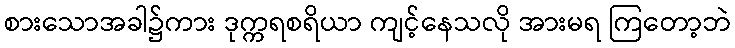
စားသောအခါ၌ကား ဒုက္ကရစရိယာ ကျင့်နေသလို အားမရ ကြတော့ဘဲ